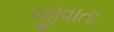
જીવાતા